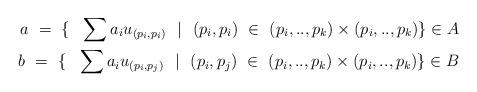
LaTeX: \begin{align*} a ~=~ \{ ~~ \sum a_i u_{(p_i,p_i)} ~~ \vert ~~ (p_i,p_i)~\in ~(p_i,..,p_k) \times(p_i,..,p_k) \} \in A \\ b~ = ~\{ ~~ \sum a_i u_{(p_i,p_j)} ~~ \vert ~~ (p_i,p_j)~ \in ~(p_i,..,p_k) \times(p_i,..,p_k) \} \in B\end{align*}